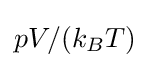
pV/(k_{B}T)